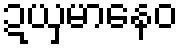
ဍယှမာနေဝ